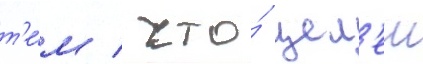
т'е́м / что́ цел'еи